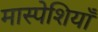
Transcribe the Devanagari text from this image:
मास्पेशियाँ